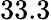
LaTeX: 33.3